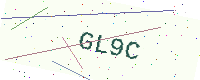
Text: GL9C